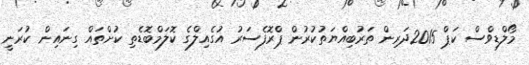
މޯލްޑިވްސް ކަޕް 2015ދަރިން ތަރުބިއްޔަތުކުރުން ޕްރޮފެސަރު އުގެއިލްގެ ކޮލަމްބޮޑެތި ކުށްތައް ގިނައިން ކުރަނީ